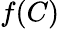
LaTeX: f(C)